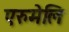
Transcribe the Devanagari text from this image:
एरुमेलि